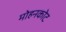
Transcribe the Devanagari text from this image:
मोहनकोट